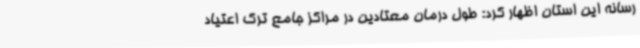
رسانه این استان اظهار کرد: طول درمان معتادین در مراکز جامع ترک اعتیاد